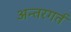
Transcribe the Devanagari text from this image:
अन्तरगर्त